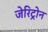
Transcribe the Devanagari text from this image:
जेरिट्रोन